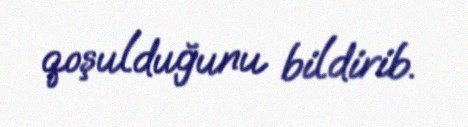
qoşulduğunu bildirib.